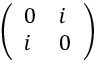
\left( \begin{array} { l l } { 0 } & { i } \\ { i } & { 0 } \end{array} \right)